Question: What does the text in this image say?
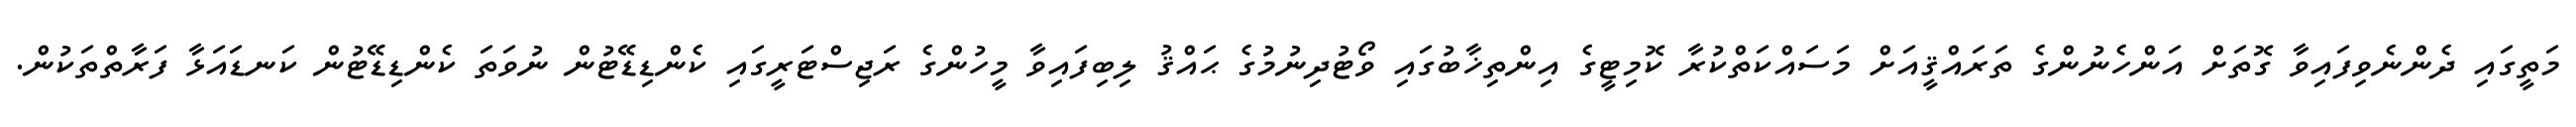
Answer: މަތީގައި ދެންނެވިފައިވާ ގޮތަށް އަންހެނުންގެ ތަރައްޤީއަށް މަސައްކަތްކުރާ ކޮމިޓީގެ އިންތިޚާބުގައި ވޯޓުދިނުމުގެ ޙައްޤު ލިބިފައިވާ މީހުންގެ ރަޖިސްޓަރީގައި ކެންޑިޑޭޓުން ނުވަތަ ކެންޑިޑޭޓުން ކަނޑައަޅާ ފަރާތްތަކުން.